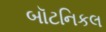
બૉટનિકલ